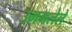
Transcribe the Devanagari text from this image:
उमगलेले